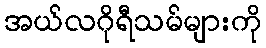
အယ်လဂိုရီသမ်များကို